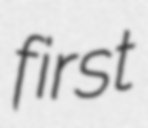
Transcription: first